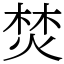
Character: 焚